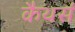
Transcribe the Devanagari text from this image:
कैथर्स